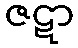
ဇဋာ